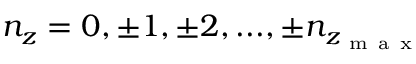
n _ { z } = 0 , \pm 1 , \pm 2 , . . . , \pm n _ { z _ { \mathrm { ~ m ~ a ~ x ~ } } }